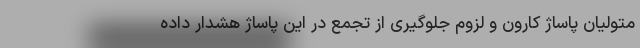
متولیان پاساژ کارون و لزوم جلوگیری از تجمع در این پاساژ هشدار داده